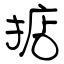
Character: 掂